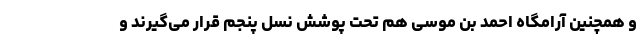
و همچنین آرامگاه احمد بن موسی هم تحت پوشش نسل پنجم قرار می‌گیرند و